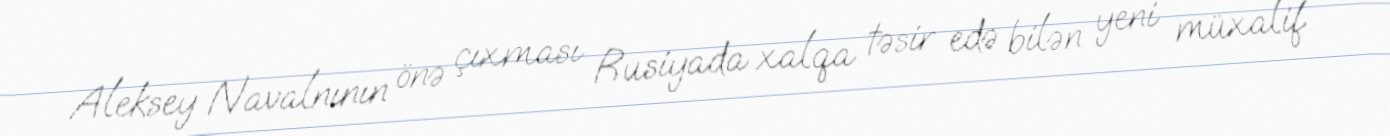
Aleksey Navalnının önə çıxması Rusiyada xalqa təsir edə bilən yeni müxalif